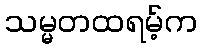
သမ္မတထရမ့်က